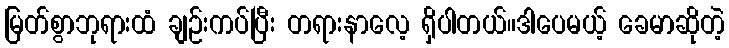
မြတ်စွာဘုရားထံ ချဉ်းကပ်ပြီး တရားနာလေ့ ရှိပါတယ်။ဒါပေမယ့် ခေမာဆိုတဲ့